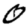
Digit: 0